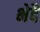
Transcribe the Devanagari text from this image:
भेदै